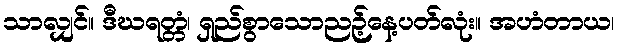
သာလျှင်။ ဒီဃရတ္တံ၊ ရှည်စွာသောညဉ့်နေ့ပတ်လုံး။ အဟံတာယ၊